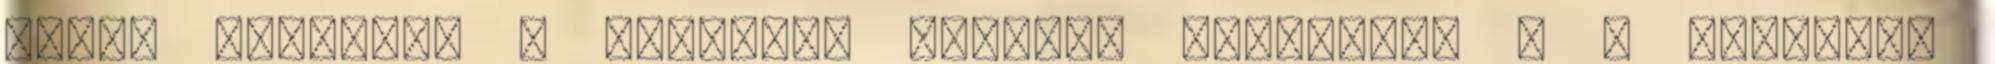
tegye lehetõvé a tûzjelzõ központ törlését, e a törlések